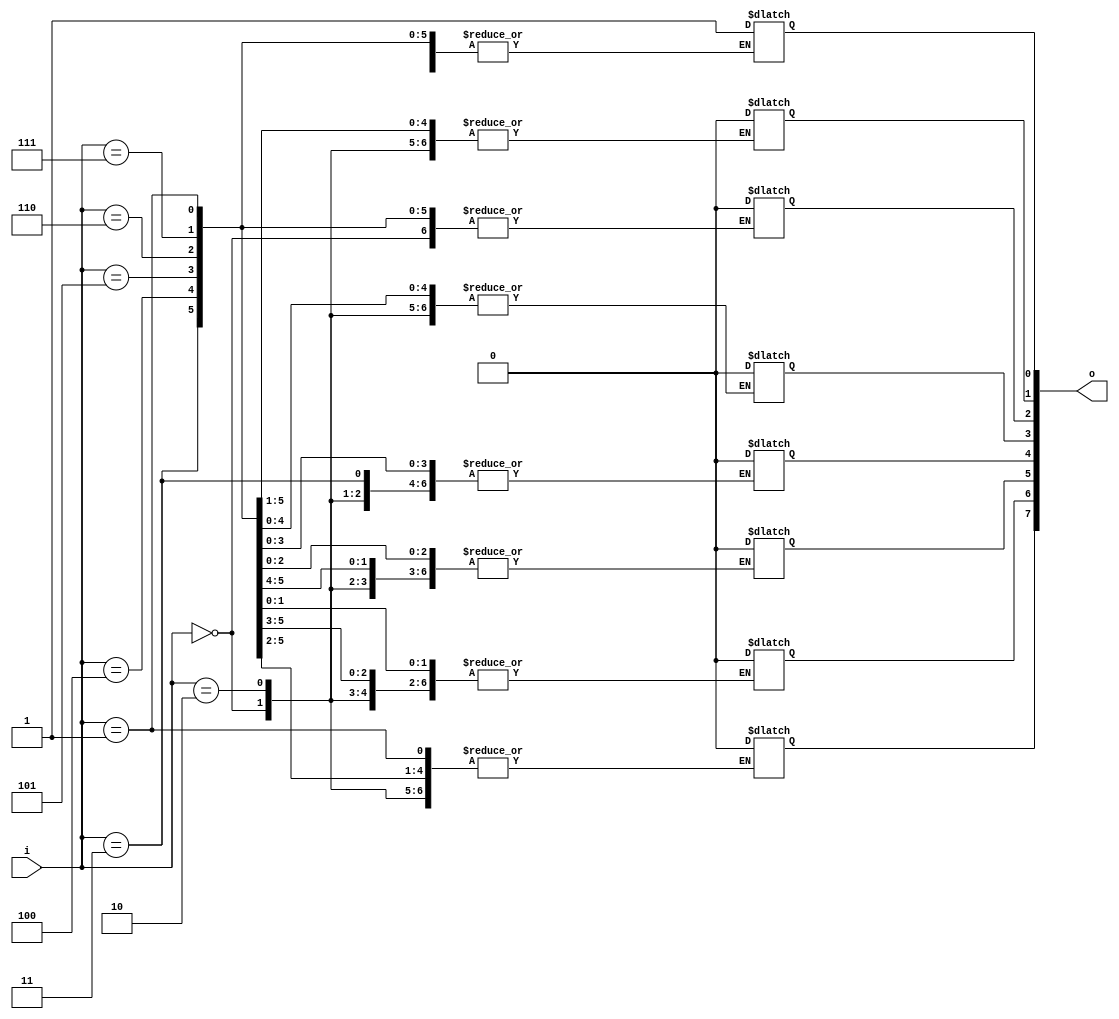
`timescale 1ns / 1ps
//////////////////////////////////////////////////////////////////////////////////
// Company: 
// Engineer: 
// 
// Design Name: 
// Module Name: decoder
// Project Name: 
// Target Devices: 
// Tool Versions: 
// Description: 
// 
// Dependencies: 
// 
// Revision:
// Revision 0.01 - File Created
// Additional Comments:
// 
//////////////////////////////////////////////////////////////////////////////////


module decoder(
    input [2:0] i,
    output reg [7:0]o 
);
    always @ (*) begin 
        case(i)
         3'b000: o[0]=8'b00110001;
         3'b001: o[1]=8'b00000010;
         3'b010: o[2]=8'b00000100;
         3'b011: o[3]=8'b00001000;
         3'b100: o[4]=8'b00010000;
         3'b101: o[5]=8'b00100000;
         3'b110: o[6]=8'b01000000;
         3'b111: o[7]=8'b10000000;
      default: o=8'b10000000;
        endcase
        end
endmodule